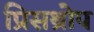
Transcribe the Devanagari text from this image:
प्रिसथ्रोप